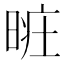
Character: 𣈐